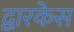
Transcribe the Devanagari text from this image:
द्वारकेस